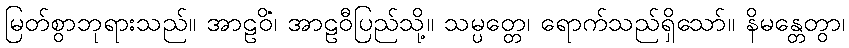
မြတ်စွာဘုရားသည်။ အာဠဝိံ၊ အာဠဝီပြည်သို့။ သမ္ပတ္တေ၊ ရောက်သည်ရှိသော်။ နိမန္တေတွာ၊